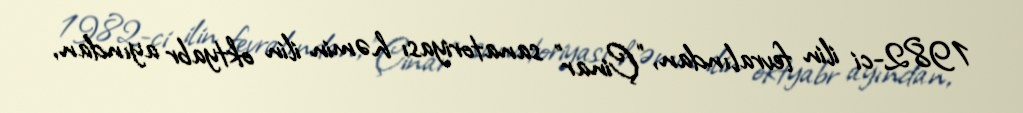
1982-ci ilin fevralından, "Çinar" sanatoriyası həmin ilin oktyabr ayından,